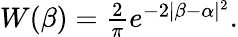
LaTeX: \begin{array}{r}{W(\beta)=\frac{2}{\pi}e^{-2|\beta-\alpha|^{2}}.}\end{array}